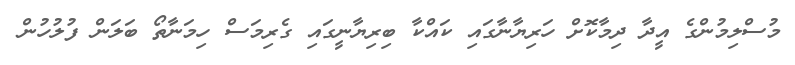
މުސްލިމުންގެ އީދާ ދިމާކޮށް ހަރިޔާނާގައި ކައްކާ ބިރިޔާނީގައި ގެރިމަސް ހިމަނާތޯ ބަލަން ފުލުހުން